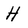
Character: H